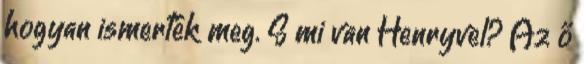
hogyan ismerték meg. S mi van Henryvel? Az ő